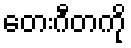
တေးဂီတကို